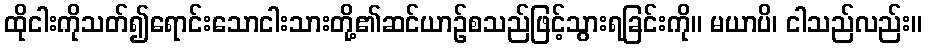
ထိုငါးကိုသတ်၍ရောင်းသောငါးသားတို့၏ဆင်ယာဉ်စသည်ဖြင့်သွားရခြင်းကို။ မယာပိ၊ ငါသည်လည်း။